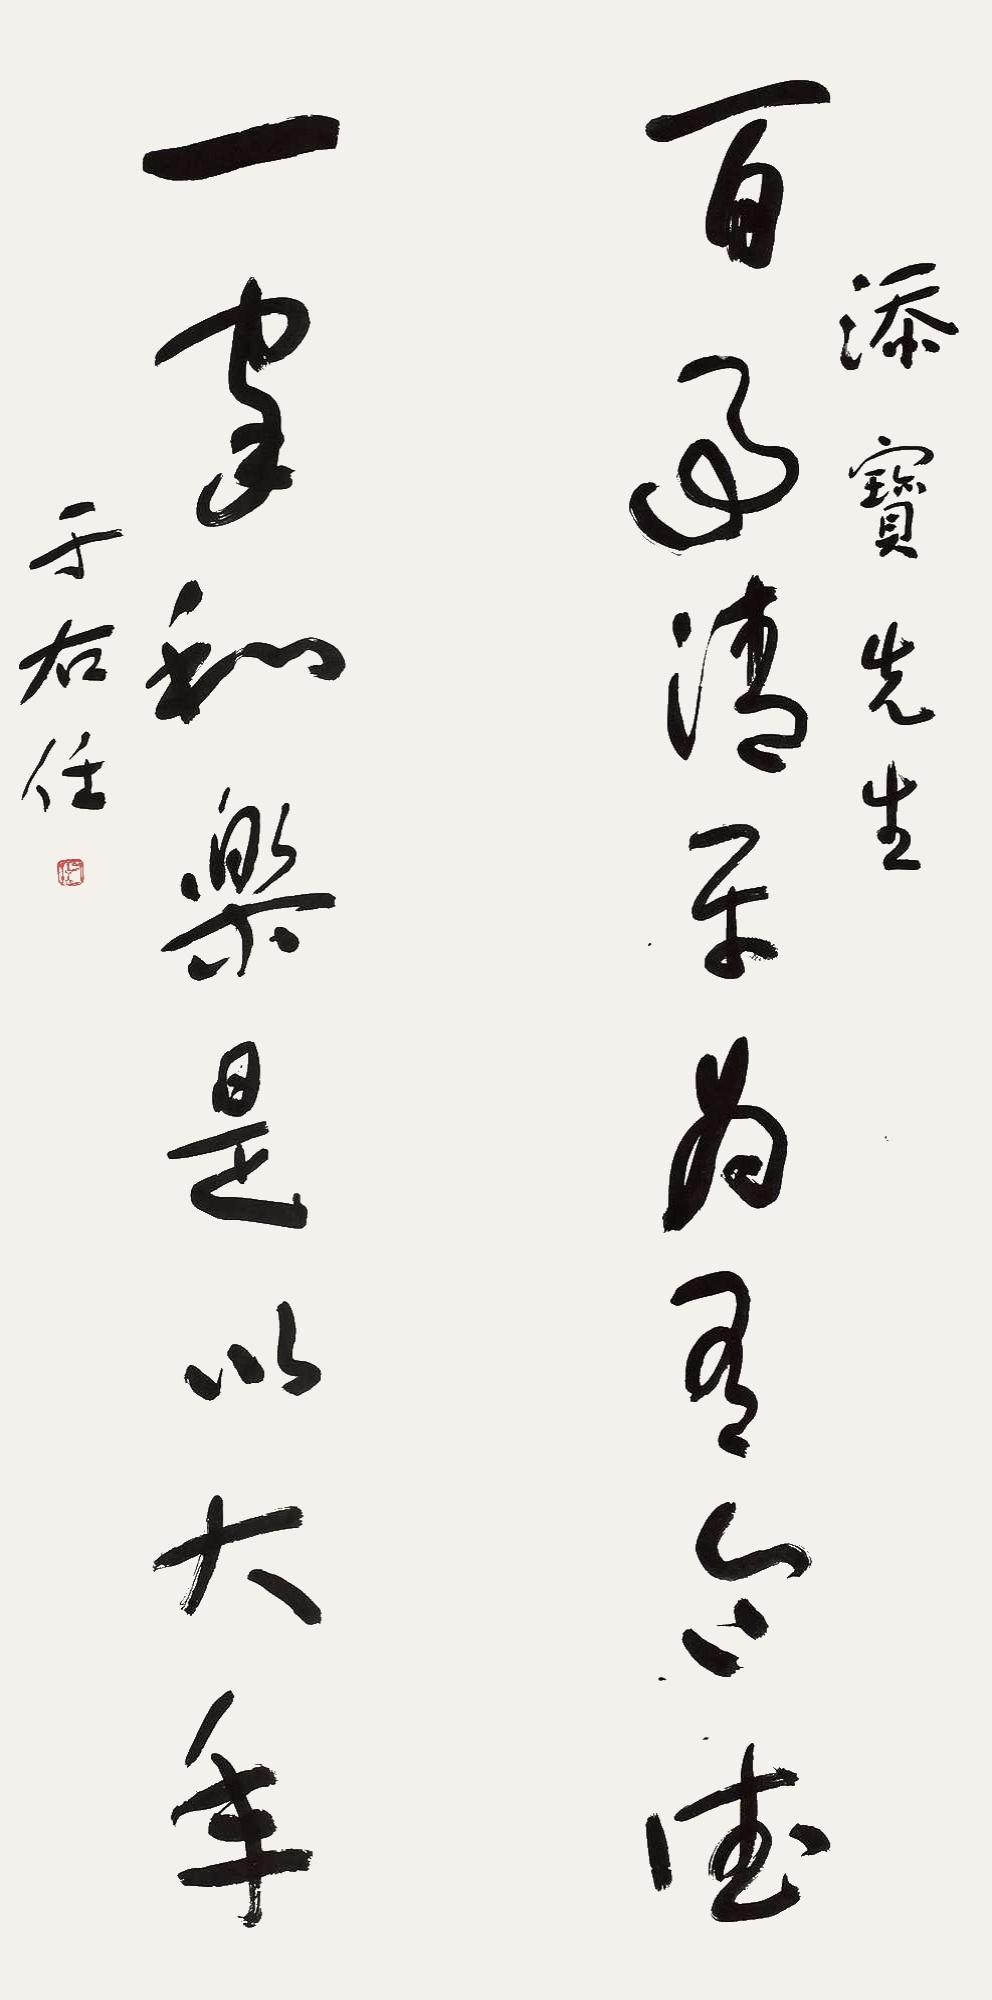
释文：百事清平为有令德，一家和气是以大年。添宝先生，于右任。